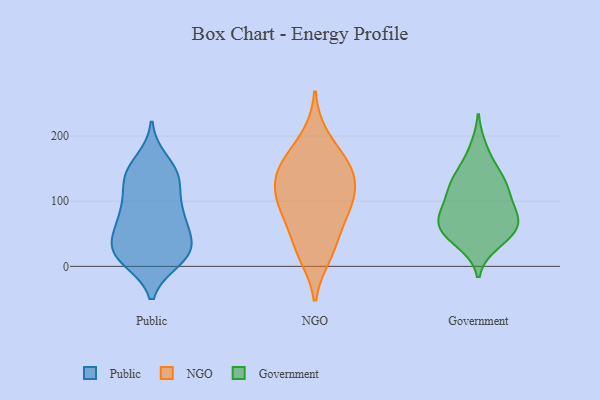
{"axis": {"x": "Website Visitors", "y": "Value"}, "legend": ["Government", "NGO", "Public"], "data": [{"x": "", "y": 16, "type": "Public"}, {"x": "", "y": 39, "type": "Public"}, {"x": "", "y": 41, "type": "Public"}, {"x": "", "y": 148, "type": "Public"}, {"x": "", "y": 10, "type": "Public"}, {"x": "", "y": 130, "type": "Public"}, {"x": "", "y": 13, "type": "Public"}, {"x": "", "y": 134, "type": "Public"}, {"x": "", "y": 17, "type": "Public"}, {"x": "", "y": 89, "type": "Public"}, {"x": "", "y": 140, "type": "Public"}, {"x": "", "y": 20, "type": "Public"}, {"x": "", "y": 76, "type": "Public"}, {"x": "", "y": 86, "type": "Public"}, {"x": "", "y": 75, "type": "Public"}, {"x": "", "y": 42, "type": "Public"}, {"x": "", "y": 75, "type": "Public"}, {"x": "", "y": 130, "type": "Public"}, {"x": "", "y": 162, "type": "Public"}, {"x": "", "y": 26, "type": "Public"}, {"x": "", "y": 154, "type": "NGO"}, {"x": "", "y": 93, "type": "NGO"}, {"x": "", "y": 92, "type": "NGO"}, {"x": "", "y": 150, "type": "NGO"}, {"x": "", "y": 17, "type": "NGO"}, {"x": "", "y": 144, "type": "NGO"}, {"x": "", "y": 25, "type": "NGO"}, {"x": "", "y": 85, "type": "NGO"}, {"x": "", "y": 160, "type": "NGO"}, {"x": "", "y": 51, "type": "NGO"}, {"x": "", "y": 109, "type": "NGO"}, {"x": "", "y": 123, "type": "NGO"}, {"x": "", "y": 199, "type": "NGO"}, {"x": "", "y": 58, "type": "Government"}, {"x": "", "y": 63, "type": "Government"}, {"x": "", "y": 66, "type": "Government"}, {"x": "", "y": 120, "type": "Government"}, {"x": "", "y": 181, "type": "Government"}, {"x": "", "y": 56, "type": "Government"}, {"x": "", "y": 127, "type": "Government"}, {"x": "", "y": 133, "type": "Government"}, {"x": "", "y": 86, "type": "Government"}, {"x": "", "y": 112, "type": "Government"}, {"x": "", "y": 36, "type": "Government"}, {"x": "", "y": 42, "type": "Government"}, {"x": "", "y": 89, "type": "Government"}, {"x": "", "y": 150, "type": "Government"}, {"x": "", "y": 76, "type": "Government"}]}